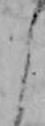
よ